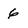
Character: 6